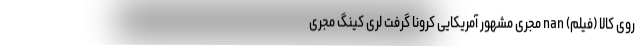
روی کالا (فیلم) nan مجری مشهور آمریکایی کرونا گرفت لری کینگ مجری